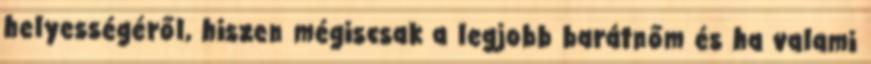
helyességéről, hiszen mégiscsak a legjobb barátnőm és ha valami